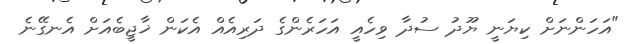
"އަހަންނަށް ކިޔަނީ ޔޫދު ސުދާ ވިހެއީ އަހަރެންގެ ދަރިއެއް އެކަން ޚާޖީބެއަށް އެނގޭނެ